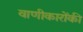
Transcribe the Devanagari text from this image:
वाणीकारोंकी